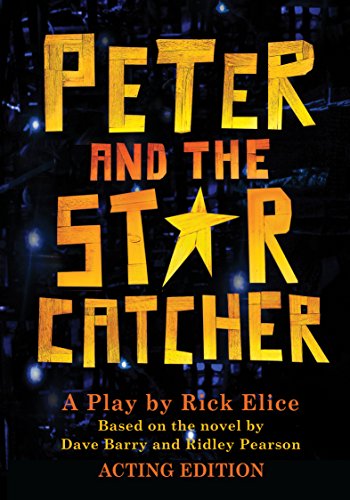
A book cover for Peter and the Starcatcher (Acting Edition) (Peter and the Starcatchers); Rick Elice; Humor & Entertainment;